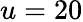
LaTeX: u=20